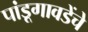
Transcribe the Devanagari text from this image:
पांडूगावडेंचे